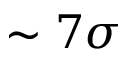
\sim 7 \sigma